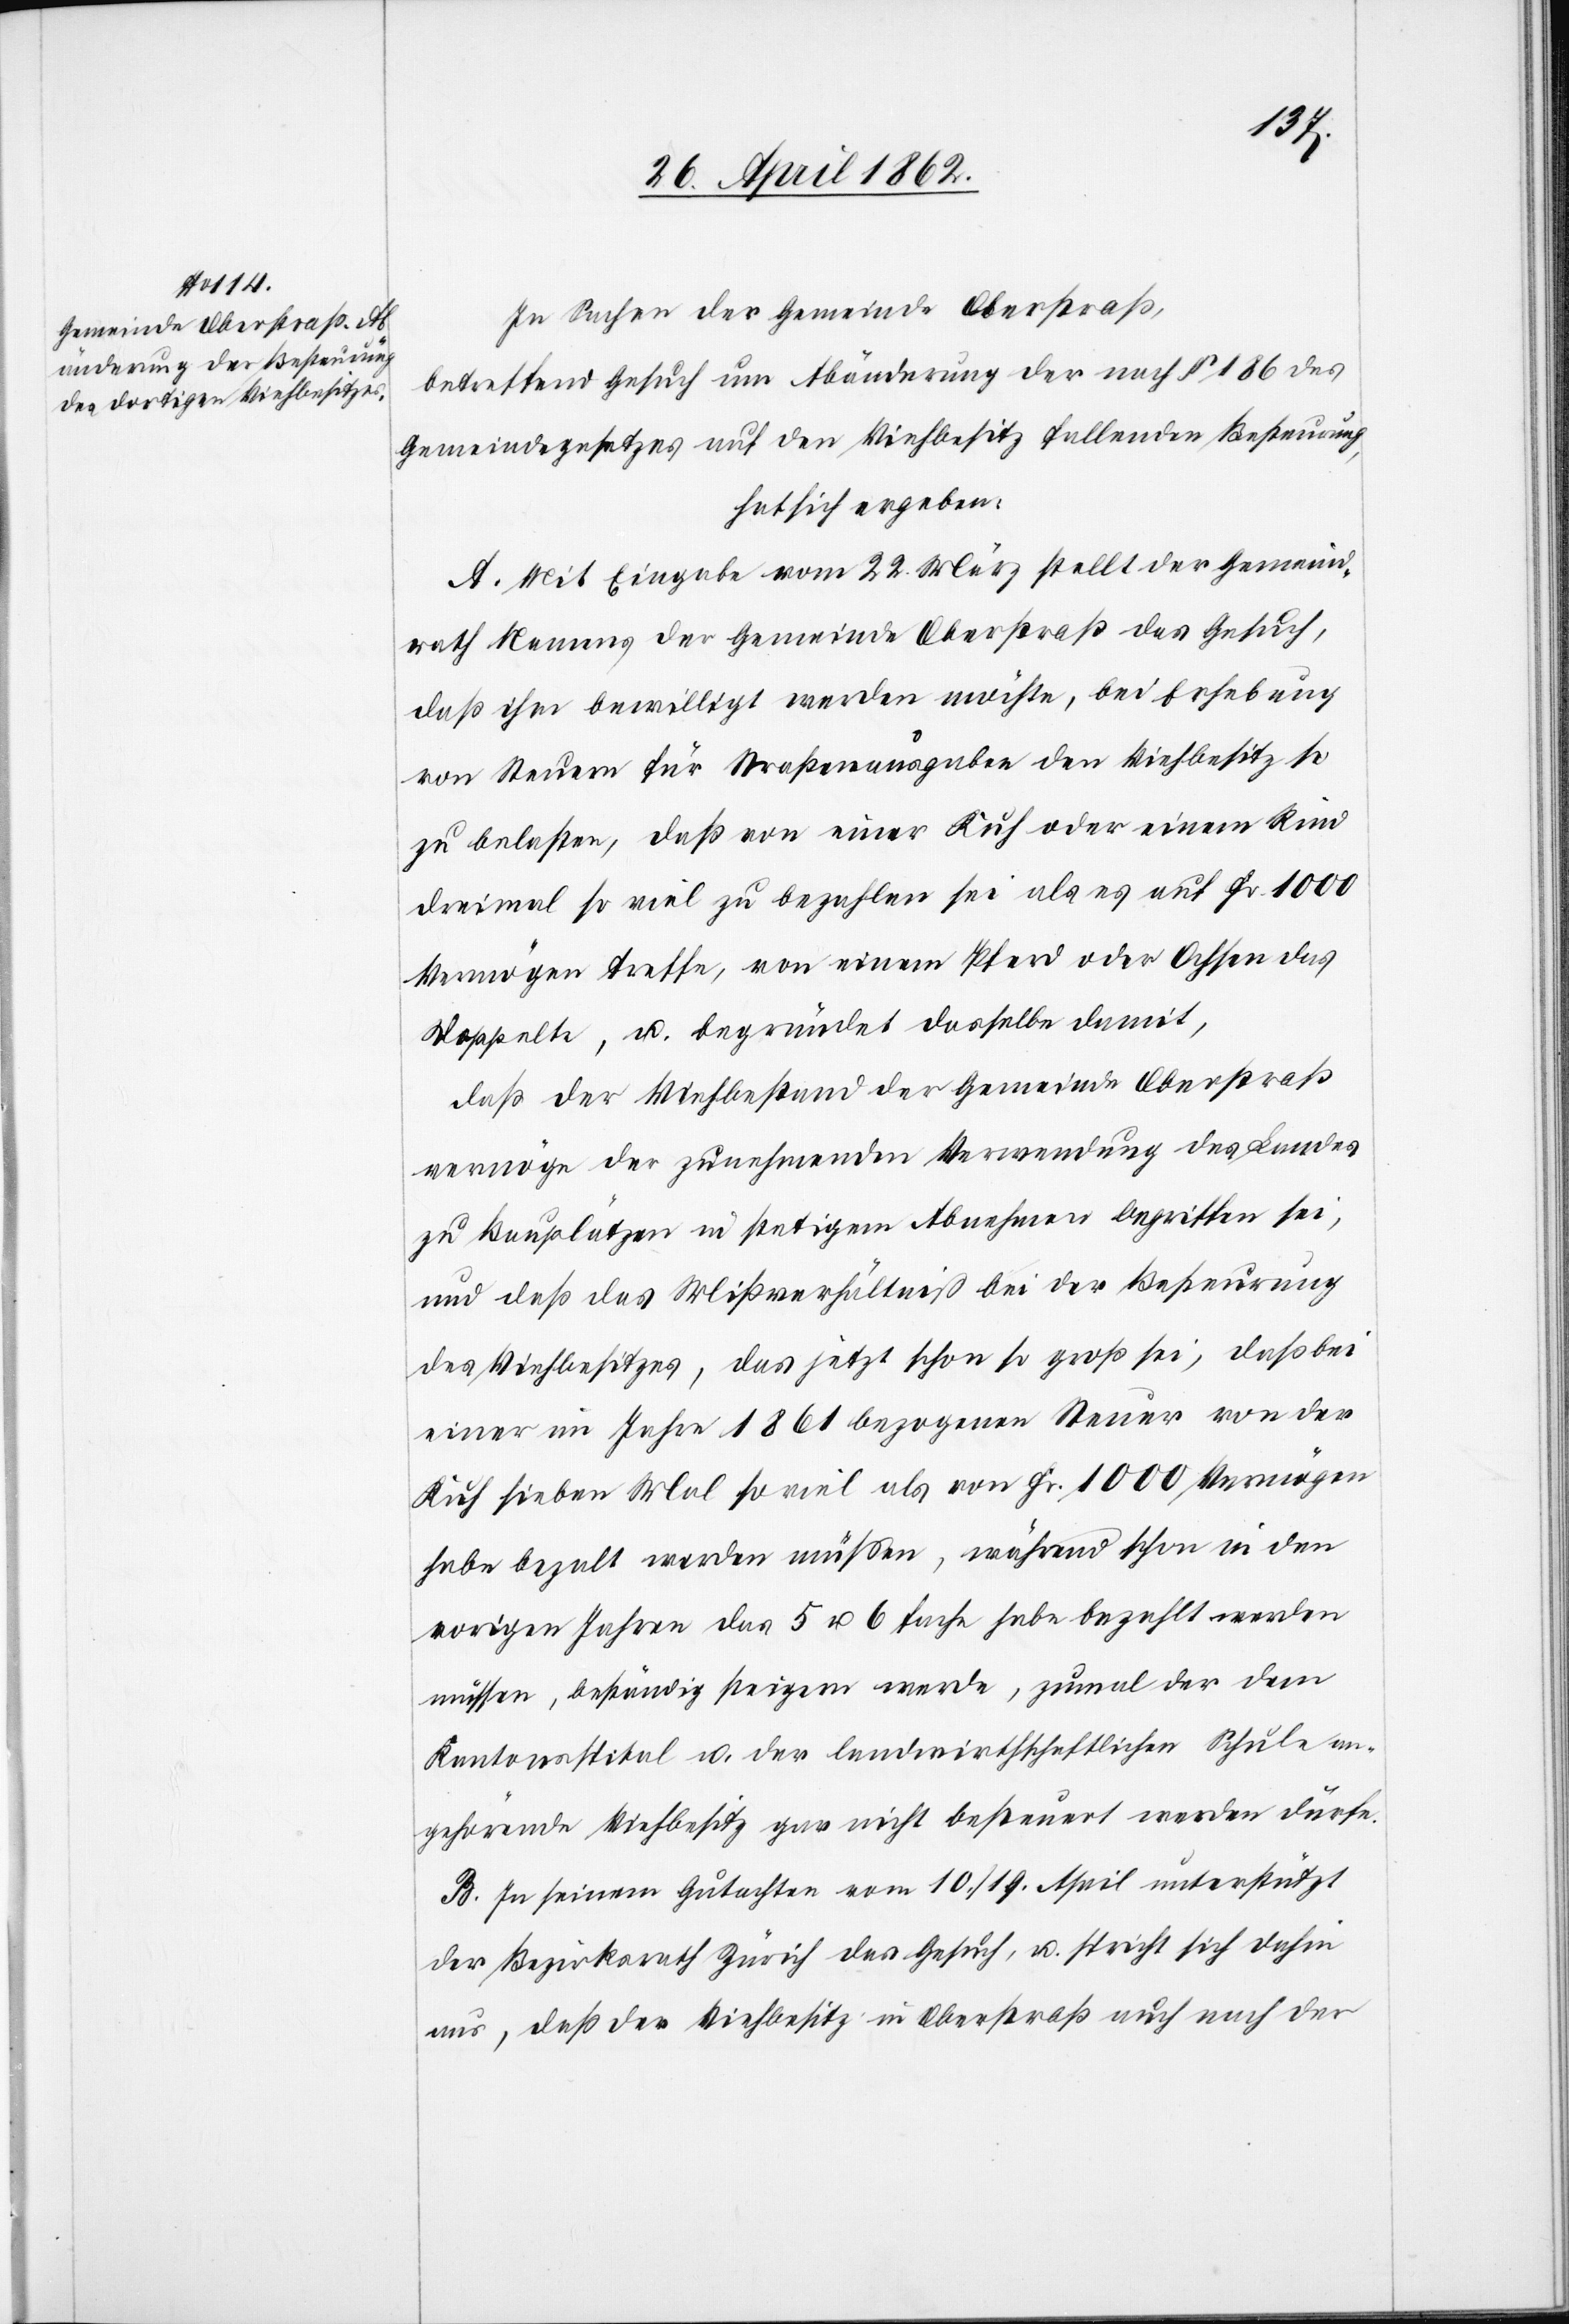
In Sachen der Gemeinde Oberstraß,
betreffend Gesuch um Abänderung der nach § 186 des
Gemeindegesetzes auf den Viehbesitz fallenden Besteurung,
hat sich ergeben:
A. Mit Eingabe vom 22. März stellt der Gemeind¬
rath Namens der Gemeinde Oberstraß das Gesuch,
daß ihm bewilligt werden möchte, bei Erhebung
von Steuern für Straßenausgaben den Viehbesitz so
zu belasten, daß von einer Kuh oder einem Rind
dreimal so viel zu bezahlen sei als es auf Fr. 1000
Vermögen treffe, von einem Pferd oder Ochsen das
Doppelte, u. begründet dasselbe damit,
daß der Viehbestand der Gemeinde Oberstraß
vermöge der zunehmenden Verwendung des Landes
zu Bauplätzen in stetigem Abnehmen begriffen sei,
und daß das Mißverhältniß bei der Besteurung
des Viehbesitzes, das jetzt schon so groß sei, daß bei
einer im Jahre 1861 bezogenen Steuer von der
Kuh sieben Mal so viel als von Fr. 1000 Vermögen
habe bezalt werden müssen, während schon in den
vorigen Jahren das 5 u. 6 fache habe bezahlt werden
müssen, beständig steigern werde, zumal der dem
Kantonsspital u. der landwirthschaftlichen Schule an¬
gehörende Viehbesitz gar nicht besteuert werden dürfe.
B. In seinem Gutachten vom 10. / 19. April unterstützt
der Bezirksrath Zürich das Gesuch, u. spricht sich dahin
aus, daß der Viehbesitz in Oberstraß auch nach der